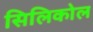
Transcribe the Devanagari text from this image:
सिलिकोल